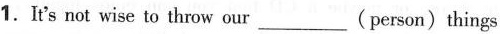
1.It's not wise to throw our___(person) things